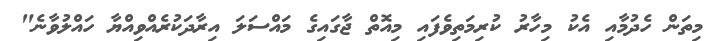
މިތަން ހެދުމާއި އެކު މިހާރު ކުރިމަތިވެފައި މިއޮތް ޖާގައިގެ މައްސަލަ އިރާދަކުރެއްވިއްޔާ ހައްލުވާނެ"